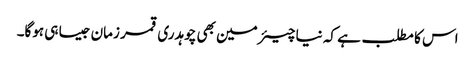
اس کا مطلب ہے کہ نیا چیئرمین بھی چوہدری قمر زمان جیسا ہی ہوگا۔